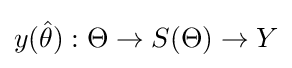
y({\hat {\theta }}):\Theta \rightarrow S(\Theta )\rightarrow Y